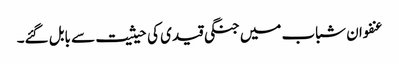
عنفوان شباب میں جنگی قیدی کی حیثیت سے بابل گئے۔